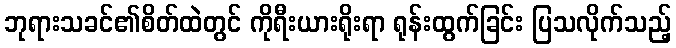
ဘုရားသခင်၏စိတ်ထဲတွင် ကိုရီးယားရိုးရာ ရုန်းထွက်ခြင်း ပြသလိုက်သည့်